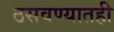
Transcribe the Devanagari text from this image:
ठसवण्यातही